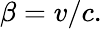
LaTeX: \beta=v/c.